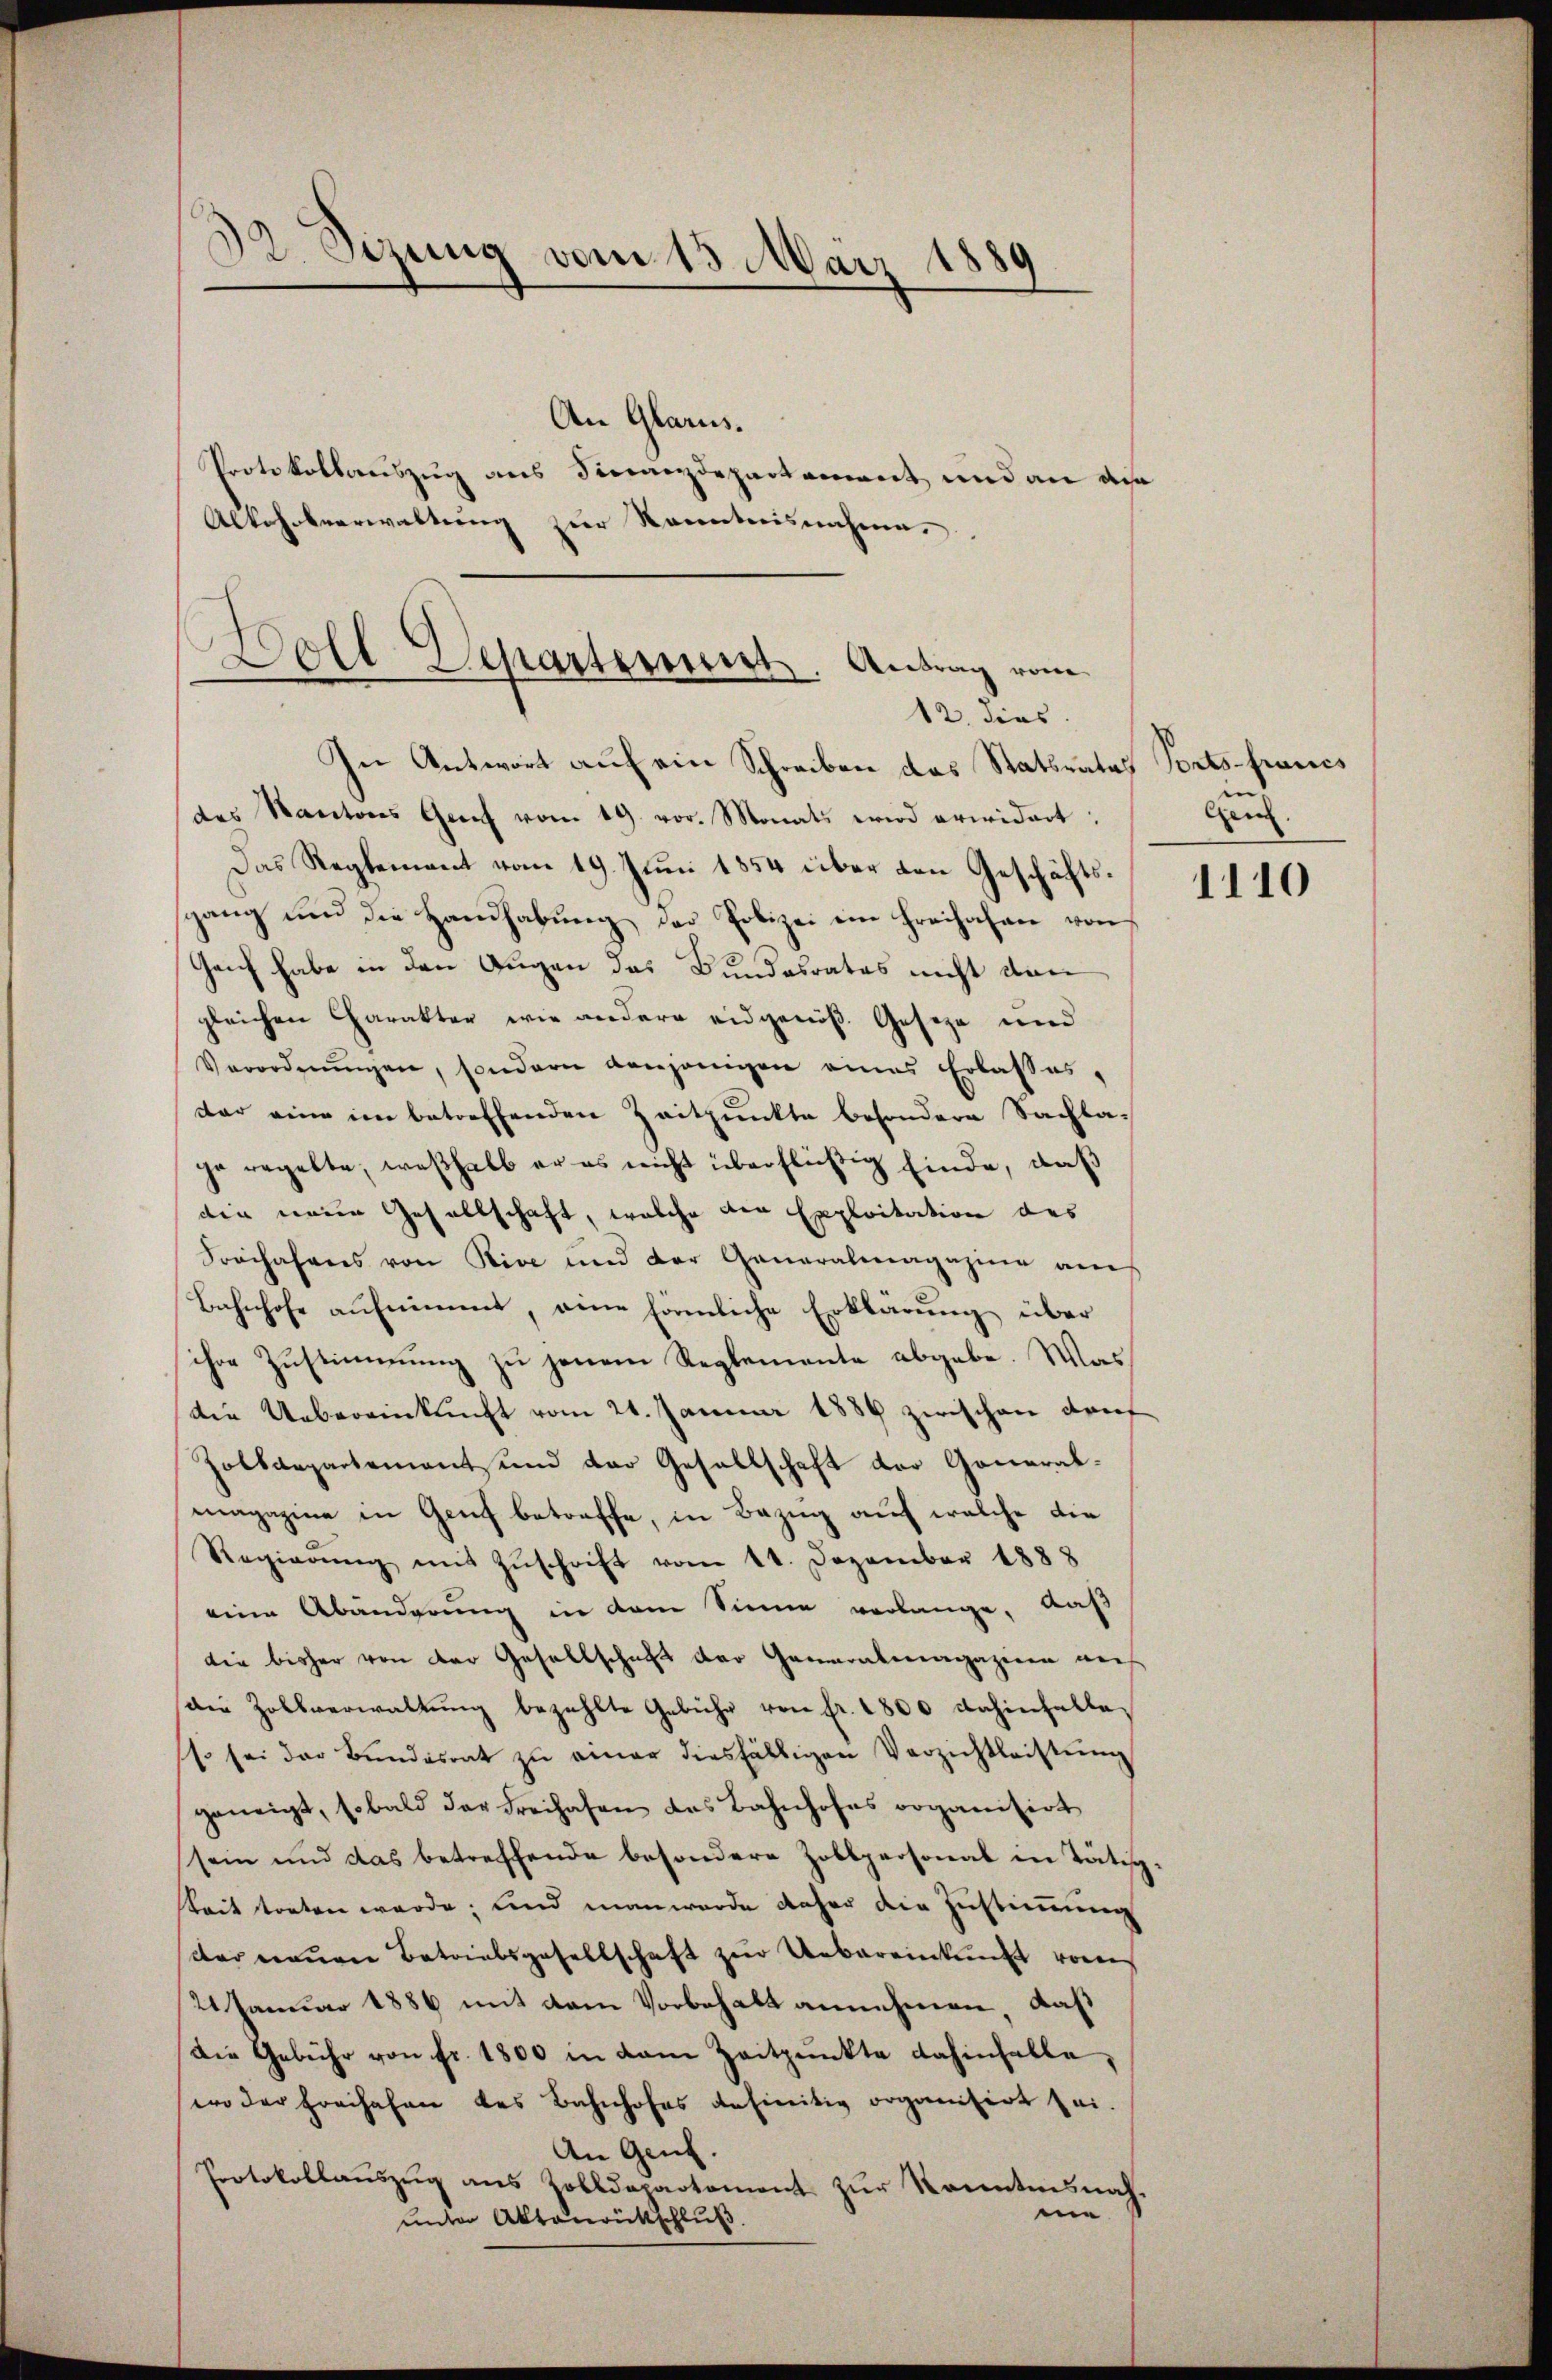
32. Sizung vom 15 März 1889

An Glarus.
Protokollauszug aus Finanzdepartement und an die
Alkohoberwaltung zur Kenntnisnahme.

Doll Departeriert. Antrag vom
12. dies

In Antwort auf ein Schreiben das Statsrates
des Kantons Genf vom 19. vor. Monats wird erwidert:
Das Reglement vom 19. Juni 1854 über den Geschäftsgang und die Handhabung der Polizei ein Freihafen von
Geiz habe in den Augen das Bundesrates nicht dan
gleichen Charakter wie andere eidgenöß Geseze und
Verordnŭngen, sondern denjenigen eines Erlasses,
der eine im betreffenden Zeitpunkte besondere Sachla-
ge regelte, weßhalb er es nicht überflüßig finde, daß
die neuen Gesellschaft, welche der Exploitation des
Freifahres von Rive und der Generalmagazine am
Bahnhofe aufnimmt, eine förmliche Erklärung über
ihre Zustimmung zu jenem Reglemente abgebe. Was
die Uebereinkunft vom 24. Januar 1889 zwischen drif
Zolldepartement und der Gesellschaft der Generalmagazine in Gruf betreffe, in Bezug auf welche die
Regierŭng mit Zŭschrift vom 11. Dezember 1888
eine Abänderung in dem Sinne verlange, daß
die bisher von der Gesellschaft der Generalmagazier auf
die Zollverwaltŭng bezahlte Gebühr von fr. 1800 dahinfalle,
so sei der Bundesrat zŭ einer diesfälligen Verzichtleistŭng
geneigt, sobald der Freihafen das Bahnhofes organisirt
sein und das betreffende besondere Zollpersonat in Tätigkeit treten werde; und man wurde daher die Zustimmung
der neŭen Betriebsgesellschaft zŭr Uebereinkunft vorer
21 Januar 1886 mit dem Vorbehalt annehmen, daß
Die Gebühr von fr. 1800 in dem Zeitpunkte dahinfalle,
wo der Freihahen des Bahnhofes definitiv organisirt sei.
An Genf.
Protokollauszug aus Zolldepartement zur Kenntnisnahne
unter Aktenrückschluß

Ports francs
 |
Gen.

1110